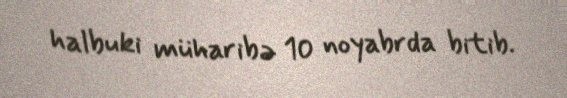
halbuki müharibə 10 noyabrda bitib.